Code of medical and sanitary regulations for the guidance of medical officers serving in the Madras Presidency - Volume I
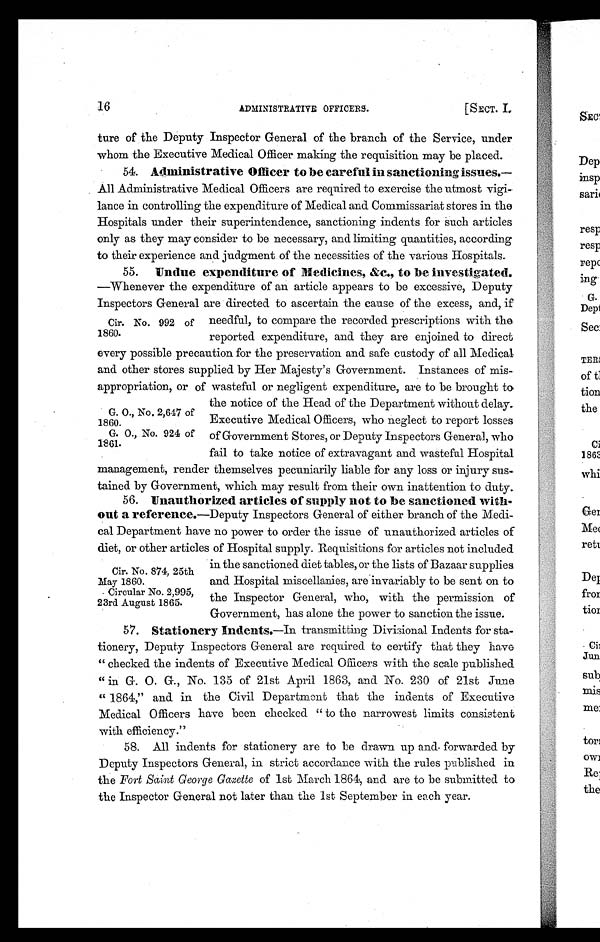
16
ADMINISTRATIVE OFFICERS.
[SECT. L
G. 0., No. 2,647 of
1860.
G. 0., No. 924 of
1861.
Cir. No. 874, 25th
May 1860.
Circular No. 2,995,
23rd August 1865.
ture of the Deputy Inspector General of the branch of the Service, under
whom the Executive Medical Officer making the requisition may be placed.
54. Administrative Officer to be careful in sanctioning issues.—
All Administrative Medical Officers are required to exercise the utmost vigi-
lance in controlling the expenditure of Medical and Commissariat stores in the
Hospitals under their superintendence, sanctioning indents for such articles
only as they may consider to be necessary, and limiting quantities, according
to their experience and judgment of the necessities of the various Hospitals.
55. Undue expenditure of Medicines, &c., to be investigated.
—Whenever the expenditure of an article appears to be excessive, Deputy
Inspectors General are directed to ascertain the cause of the excess, and, if
needful, to compare the recorded prescriptions with the.
reported expenditure, and they are enjoined to direct
every possible precaution for the preservation and safe custody of all Medical
and other stores supplied by Her Majesty's Government. Instances of mis-
appropriation, or of wasteful or negligent expenditure, are to be brought to
the notice of the Head of the Department without delay.
Executive Medical Officers, who neglect to report losses
of Government Stores, or Deputy Inspectors General, who
fail to take notice of extravagant and wasteful Hospital
management, render themselves pecuniarily liable for any loss or injury sus
tained by Government, which may result from their own inattention to duty.
56. Unauthorized articles of supply not to be sanctioned with-
out a reference.—Deputy Inspectors General of either branch of the Medi-
cal Department have no power to order the issue of unauthorized articles of
diet, or other articles of Hospital supply. Requisitions for articles not included
in the sanctioned diet tables, or the lists of Bazaar supplies
and Hospital miscellanies, are invariably to be sent on to
the Inspector General, who, with the permission of
Government, has alone the power to sanction the issue.
57. Stationery Indents.—In transmitting Divisional Indents for sta-
tionery, Deputy Inspectors General are required to certify that they have
"checked the indents of Executive Medical Officers with the scale published
"in G. 0. G., No. 135 of 21st April 1863, and No. 230 of 21st June
"1864," and in the Civil Department that the indents of Executive
Medical Officers have been checked "to the narrowest limits consistent
with efficiency."
58. All indents for stationery are to be drawn up and. forwarded by
Deputy Inspectors General, in strict accordance with the rules published in
the Fort Saint George Gazette of 1st March 1864, and are to be submitted to
the Inspector General not later than the 1st September in each year.
Cir. No. 992 of
1860.